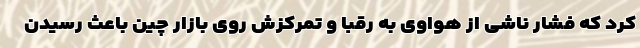
کرد که فشار ناشی از هواوی به رقبا و تمرکزش روی بازار چین باعث رسیدن